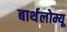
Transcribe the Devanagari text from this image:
बार्थलोम्यू